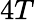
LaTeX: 4T